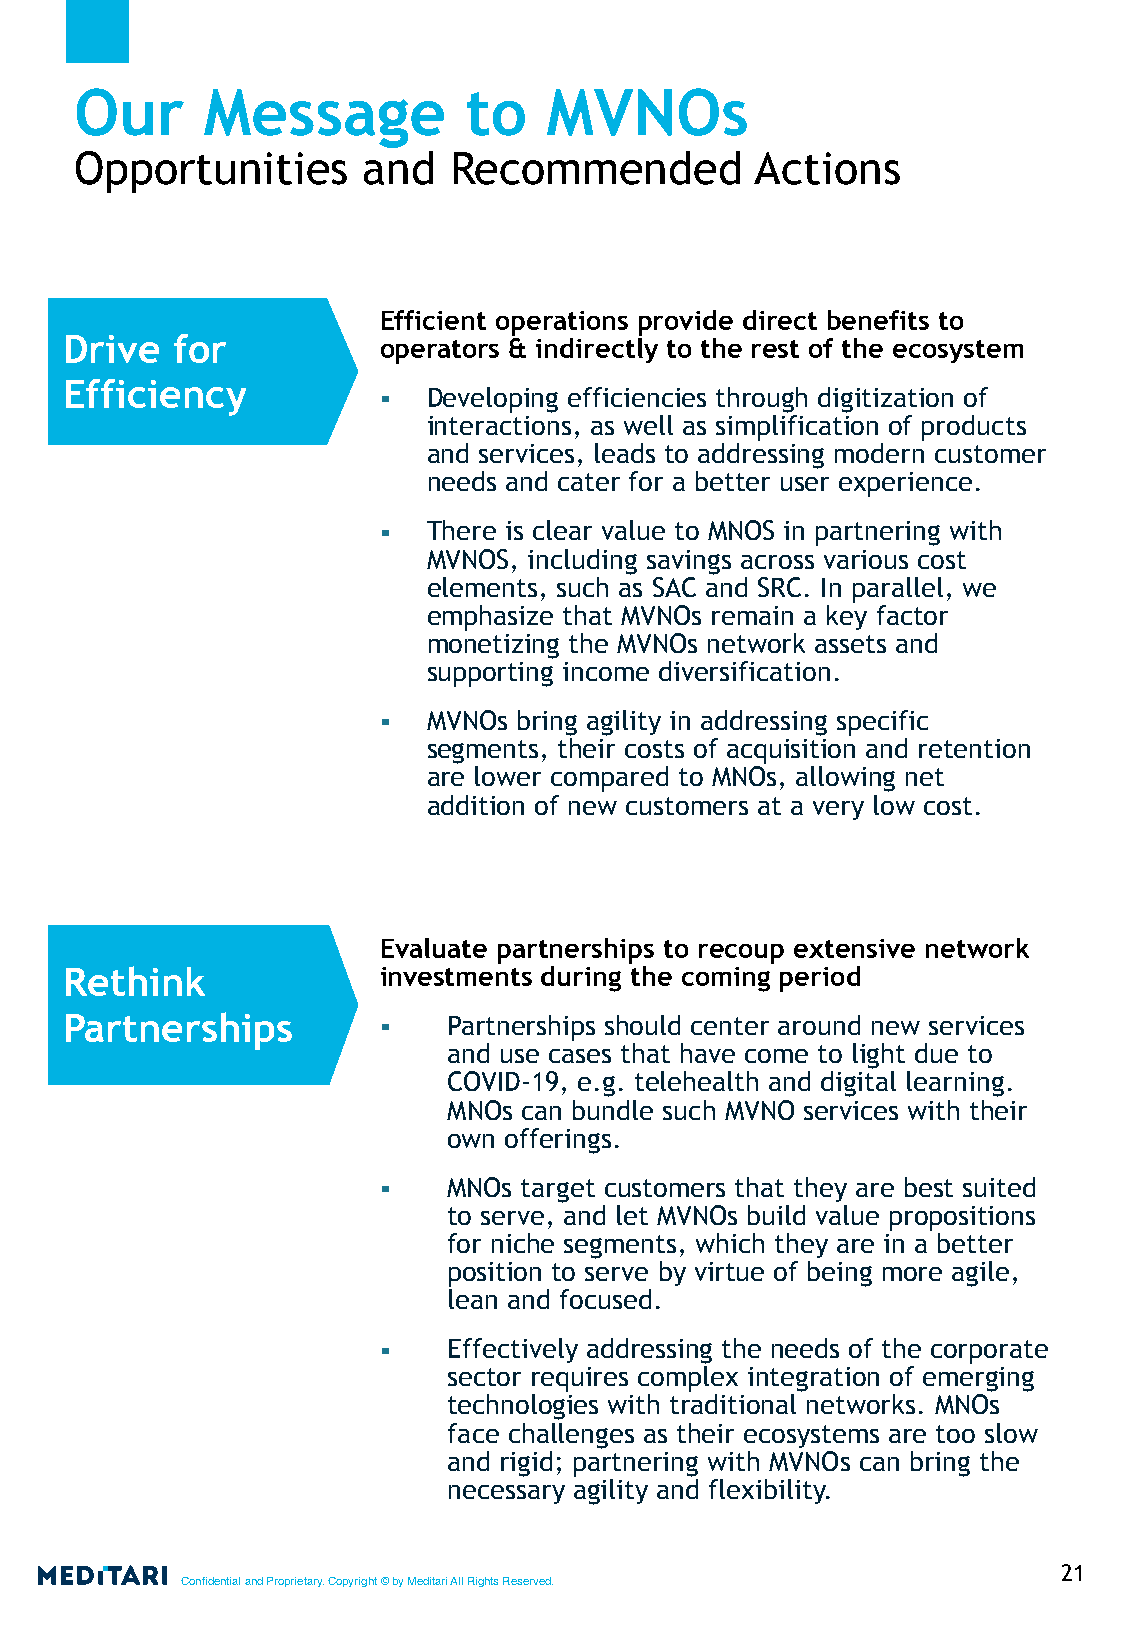
Our     Message           to   MVNOs
 Opportunities      and   Recommended         Actions
 Efficient operations provide direct benefits to
 Drive  for           operators & indirectly to the rest of the ecosystem
 Efficiency
 ▪  Developing efficiencies through digitization of
 interactions, as well as simplification of products
 and services, leads to addressing modern customer
 needs and cater for a better user experience.
 ▪  There is clear value to MNOS in partnering with
 MVNOS, including savings across various cost
 elements, such as SAC and SRC. In parallel, we
 emphasize that MVNOs remain a key factor
 monetizing the MVNOs network assets and
 supporting income diversification.
 ▪  MVNOs bring agility in addressing specific
 segments, their costs of acquisition and retention
 are lower compared to MNOs, allowing net
 addition of new customers at a very low cost.
 Evaluate partnerships to recoup extensive network
 Rethink              investments during the coming period
 Partnerships         ▪    Partnerships should center around new services
 and use cases that have come to light due to
 COVID-19, e.g. telehealth and digital learning.
 MNOs can bundle such MVNO services with their
 own offerings.
 ▪    MNOs target customers that they are best suited
 to serve, and let MVNOs build value propositions
 for niche segments, which they are in a better
 position to serve by virtue of being more agile,
 lean and focused.
 ▪    Effectively addressing the needs of the corporate
 sector requires complex integration of emerging
 technologies with traditional networks. MNOs
 face challenges as their ecosystems are too slow
 and rigid; partnering with MVNOs can bring the
 necessary agility and flexibility.
 21
 Confidential and Proprietary. Copyright © by Meditari All Rights Reserved.